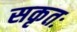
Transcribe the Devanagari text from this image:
सकृतः